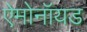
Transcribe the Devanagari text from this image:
ऐमोनॉयड